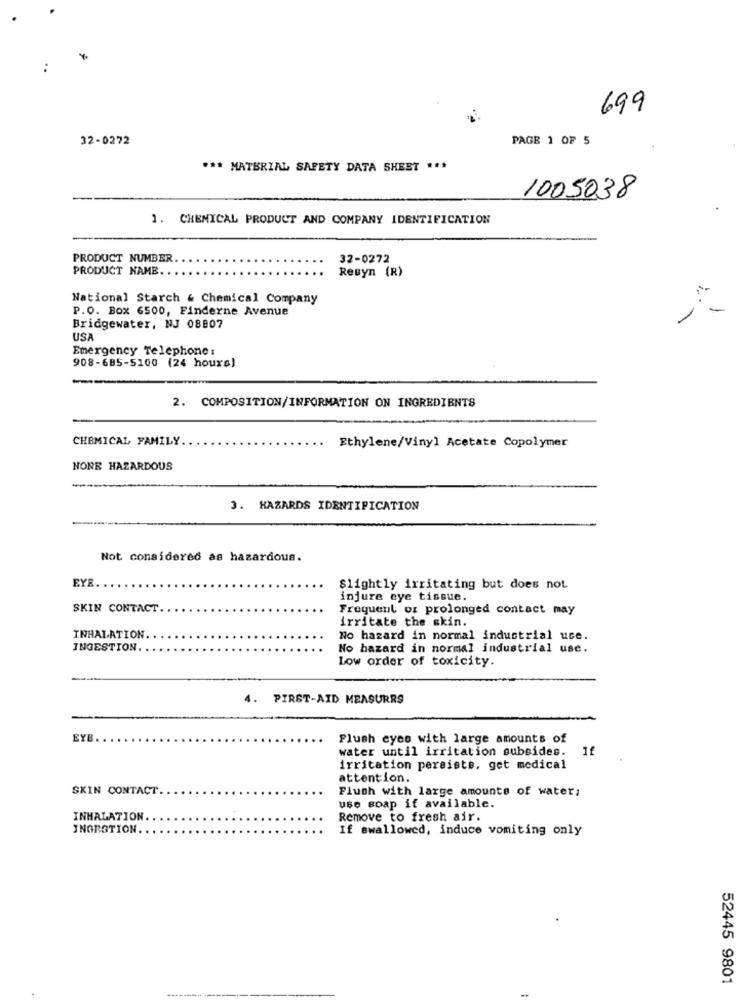
699
32-0272
PAGE 1 OF 5
*** MATERIAL SAFETY DATA SHEET ***
1005038
1. CHEMICAL PRODUCT AND COMPANY IDENTIFICATION
PRODUCT NUMBER
32-0272
PRODUCT NAME
Resyn (R)
National Starch & Chemical Company
P.O. Box 6500, Finderne Avenue
Bridgewater, NJ 08807
USA
Emergency Telephone :
908-685-5100 (24 hours)
--
2. COMPOSITION/INFORMATION ON INGREDIENTS
CHEMICAL FAMILY
Ethylene/Vinyl Acetate Copolymer
NONE HAZARDOUS
3. HAZARDS IDENTIFICATION
Not considered as hazardous.
EYE.
Slightly irritating but does not
injure eye tissue.
SKIN CONTACT.
Frequent or prolonged contact may
irritate the skin.
INHALATION
No hazard in normal industrial uce.
INGESTION
No hazard in normal industrial use.
Low order of toxicity.
4.
PIRST-AID MEASURRS
EYB.
Flush cyes with large amounts of
water until irritation subsides.
1f
irritation persists, get medical
attention.
SKIN CONTACT.
Flush with large amounts of water;
use soap if available.
INHALATION.
Remove to fresh air.
INGRATION.
If swallowed, induce vomiting only
52445 9801